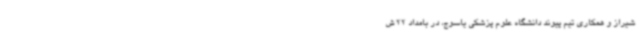
شیراز و همکاری تیم پیوند دانشگاه علوم پزشکی یاسوج، در بامداد 22 ش